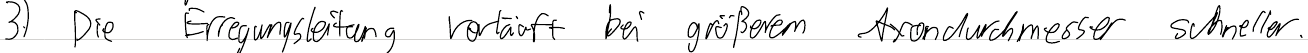
3.) Die Erregungsleitung verläuft bei größerem Axondurchmesser schneller.